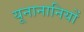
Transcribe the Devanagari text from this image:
यूनानानियों